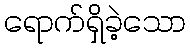
ရောက်ရှိခဲ့သော